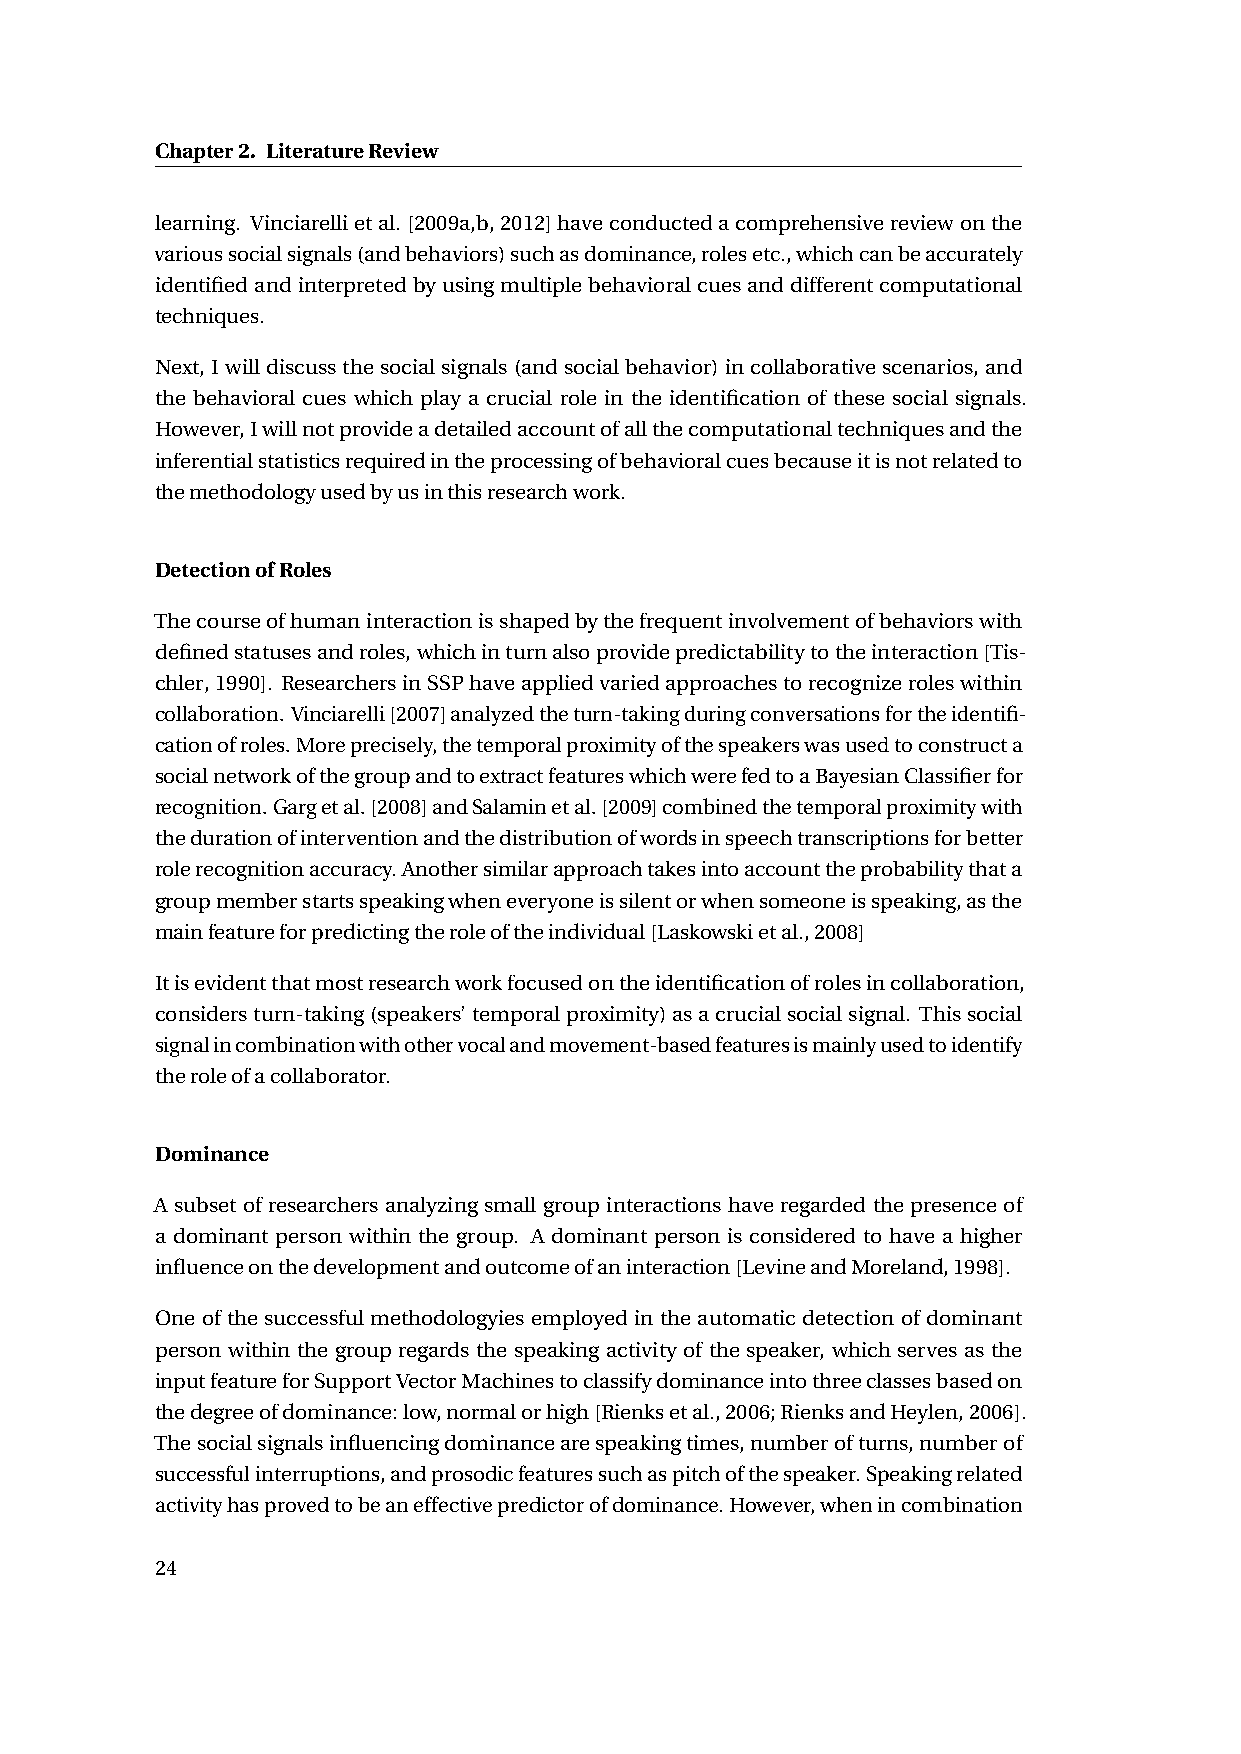
Chapter2. LiteratureReview
 learning. Vinciarellietal.[2009a,b,2012]haveconductedacomprehensivereviewonthe
 varioussocialsignals(andbehaviors)suchasdominance,rolesetc.,whichcanbeaccurately
 identifiedandinterpretedbyusingmultiplebehavioralcuesanddifferentcomputational
 techniques.
 Next, Iwilldiscussthesocialsignals(andsocialbehavior)incollaborativescenarios, and
 the behavioral cues which play a crucial role in the identification of these social signals.
 However,Iwillnotprovideadetailedaccountofallthecomputationaltechniquesandthe
 inferentialstatisticsrequiredintheprocessingofbehavioralcuesbecauseitisnotrelatedto
 themethodologyusedbyusinthisresearchwork.
 DetectionofRoles
 Thecourseofhumaninteractionisshapedbythefrequentinvolvementofbehaviorswith
 definedstatusesandroles,whichinturnalsoprovidepredictabilitytotheinteraction[Tis-
 chler,1990]. ResearchersinSSPhaveappliedvariedapproachestorecognizeroleswithin
 collaboration.Vinciarelli[2007]analyzedtheturn-takingduringconversationsfortheidentifi-
 cationofroles.Moreprecisely,thetemporalproximityofthespeakerswasusedtoconstructa
 socialnetworkofthegroupandtoextractfeatureswhichwerefedtoaBayesianClassifierfor
 recognition.Gargetal.[2008]andSalaminetal.[2009]combinedthetemporalproximitywith
 thedurationofinterventionandthedistributionofwordsinspeechtranscriptionsforbetter
 rolerecognitionaccuracy.Anothersimilarapproachtakesintoaccounttheprobabilitythata
 groupmemberstartsspeakingwheneveryoneissilentorwhensomeoneisspeaking,asthe
 mainfeatureforpredictingtheroleoftheindividual[Laskowskietal.,2008]
 Itisevidentthatmostresearchworkfocusedontheidentificationofrolesincollaboration,
 considersturn-taking(speakers’temporalproximity)asacrucialsocialsignal. Thissocial
 signalincombinationwithothervocalandmovement-basedfeaturesismainlyusedtoidentify
 theroleofacollaborator.
 Dominance
 A subset of researchers analyzing small group interactions have regarded the presence of
 a dominant person within the group. A dominant person is considered to have a higher
 influenceonthedevelopmentandoutcomeofaninteraction[LevineandMoreland,1998].
 One of the successful methodologyies employed in the automatic detection of dominant
 person within the group regards the speaking activity of the speaker, which serves as the
 inputfeatureforSupportVectorMachinestoclassifydominanceintothreeclassesbasedon
 thedegreeofdominance:low,normalorhigh[Rienksetal.,2006;RienksandHeylen,2006].
 Thesocialsignalsinfluencingdominancearespeakingtimes,numberofturns,numberof
 successfulinterruptions,andprosodicfeaturessuchaspitchofthespeaker.Speakingrelated
 activityhasprovedtobeaneffectivepredictorofdominance.However,whenincombination
 24